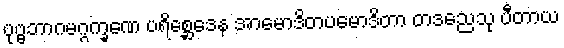
ပုဗ္ဗဘာဂမဂ္ဂက္ခဏေ ပရိစ္ဆေဒေန အာမောဒိတပမောဒိတာ တဒညေသု ပီတာယ